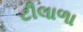
ટીલાળા